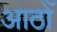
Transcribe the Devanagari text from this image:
आठोँ